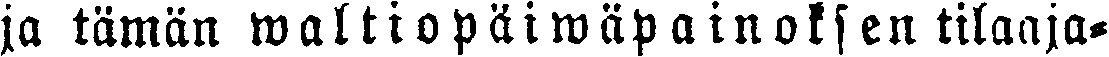
ja tämän waltiopäiwäpainoksen tilaaja-